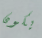
يكون